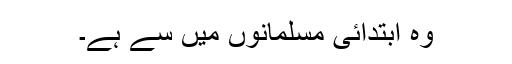
وہ ابتدائی مسلمانوں میں سے ہے۔